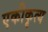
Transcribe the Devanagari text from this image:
एकीकृत्य